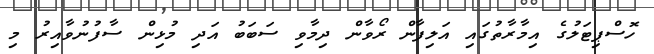
ހޮސްޕިޓަލުގެ އިމާރާތުގައި އަލިފާން ރޯވާން ދިމާވި ސަބަބު އަދި މުޅިން ސާފުނުވާއިރު މި